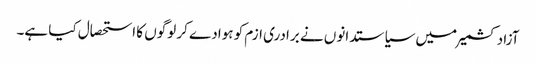
آزادکشمیر میں سیاستدانوں نے برادری ازم کو ہوادے کر لوگوں کا استحصال کیا ہے۔